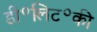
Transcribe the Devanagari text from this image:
डी॰लिट॰की